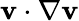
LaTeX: \mathbf{v}\cdot\nabla\mathbf{v}